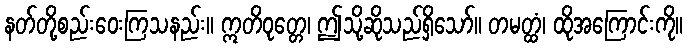
နတ်တို့စည်းဝေးကြသနည်း။ ဣတိဝုတ္တေ၊ ဤသို့ဆိုသည်ရှိသော်။ တမတ္ထံ၊ ထိုအကြောင်းကို။